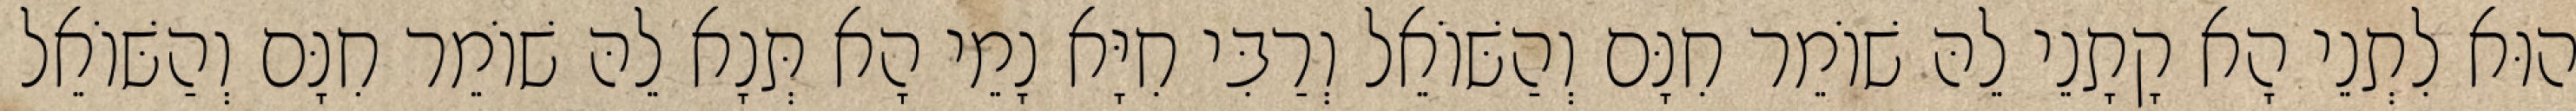
הוּא לִתְנֵי הָא קָתָנֵי לֵהּ שׁוֹמֵר חִנָּם וְהַשּׁוֹאֵל וְרַבִּי חִיָּא נָמֵי הָא תְּנָא לֵהּ שׁוֹמֵר חִנָּם וְהַשּׁוֹאֵל